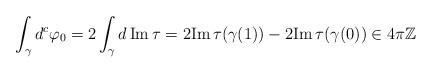
LaTeX: \begin{align*}\int_{\gamma} d^c \varphi_{0} = 2\int_{\gamma} d\, \mathrm{Im}\, \tau = 2\mathrm{Im}\,\tau(\gamma(1))-2\mathrm{Im}\, \tau(\gamma(0)) \in 4\pi \mathbb{Z}\end{align*}